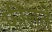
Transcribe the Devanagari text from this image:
फीलते